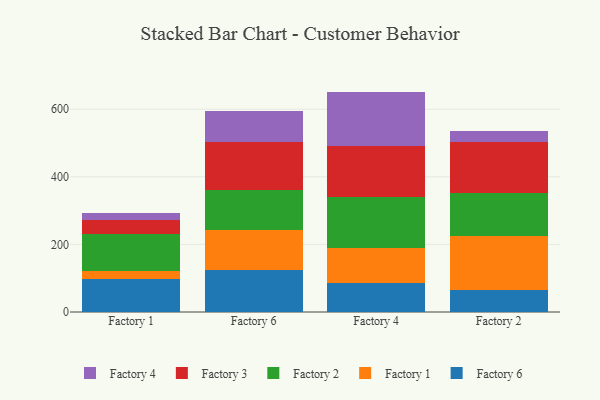
{"axis": {"x": "Factory", "y": "Temperature (°C)"}, "legend": ["Factory 1", "Factory 2", "Factory 3", "Factory 4", "Factory 6"], "data": [{"x": "Factory 1", "y": 96.5, "type": "Factory 6"}, {"x": "Factory 1", "y": 23.8, "type": "Factory 1"}, {"x": "Factory 1", "y": 110.6, "type": "Factory 2"}, {"x": "Factory 1", "y": 42.5, "type": "Factory 3"}, {"x": "Factory 1", "y": 19.2, "type": "Factory 4"}, {"x": "Factory 6", "y": 124.7, "type": "Factory 6"}, {"x": "Factory 6", "y": 118.6, "type": "Factory 1"}, {"x": "Factory 6", "y": 117.3, "type": "Factory 2"}, {"x": "Factory 6", "y": 141.4, "type": "Factory 3"}, {"x": "Factory 6", "y": 94.0, "type": "Factory 4"}, {"x": "Factory 4", "y": 86.1, "type": "Factory 6"}, {"x": "Factory 4", "y": 103.2, "type": "Factory 1"}, {"x": "Factory 4", "y": 150.6, "type": "Factory 2"}, {"x": "Factory 4", "y": 151.4, "type": "Factory 3"}, {"x": "Factory 4", "y": 160.8, "type": "Factory 4"}, {"x": "Factory 2", "y": 65.5, "type": "Factory 6"}, {"x": "Factory 2", "y": 159.9, "type": "Factory 1"}, {"x": "Factory 2", "y": 126.5, "type": "Factory 2"}, {"x": "Factory 2", "y": 150.3, "type": "Factory 3"}, {"x": "Factory 2", "y": 32.5, "type": "Factory 4"}]}